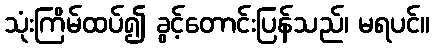
သုံးကြိမ်ထပ်၍ ခွင့်တောင်းပြန်သည်၊ မရပင်။